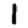
Digit: 1